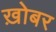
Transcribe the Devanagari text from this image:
ख़ोबर